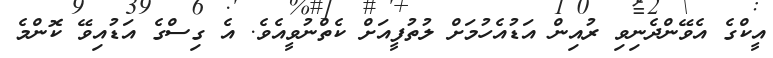
އީކްގެ އެވޭންދެނިވި ރުއިން އަޑުއެހުމަށް ލުތުފީއަށް ކެތްނުވީއެވެ. އެ ގިސްގެ އަޑުއިވޭ ކޮންމެ